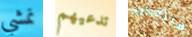
نمشي تدعيهم منتديات